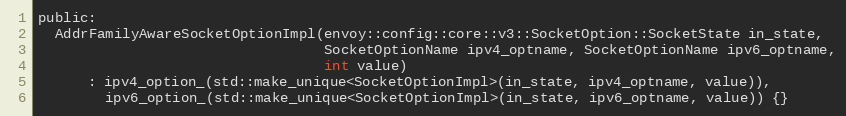
Language: C
public:
  AddrFamilyAwareSocketOptionImpl(envoy::config::core::v3::SocketOption::SocketState in_state,
                                  SocketOptionName ipv4_optname, SocketOptionName ipv6_optname,
                                  int value)
      : ipv4_option_(std::make_unique<SocketOptionImpl>(in_state, ipv4_optname, value)),
        ipv6_option_(std::make_unique<SocketOptionImpl>(in_state, ipv6_optname, value)) {}